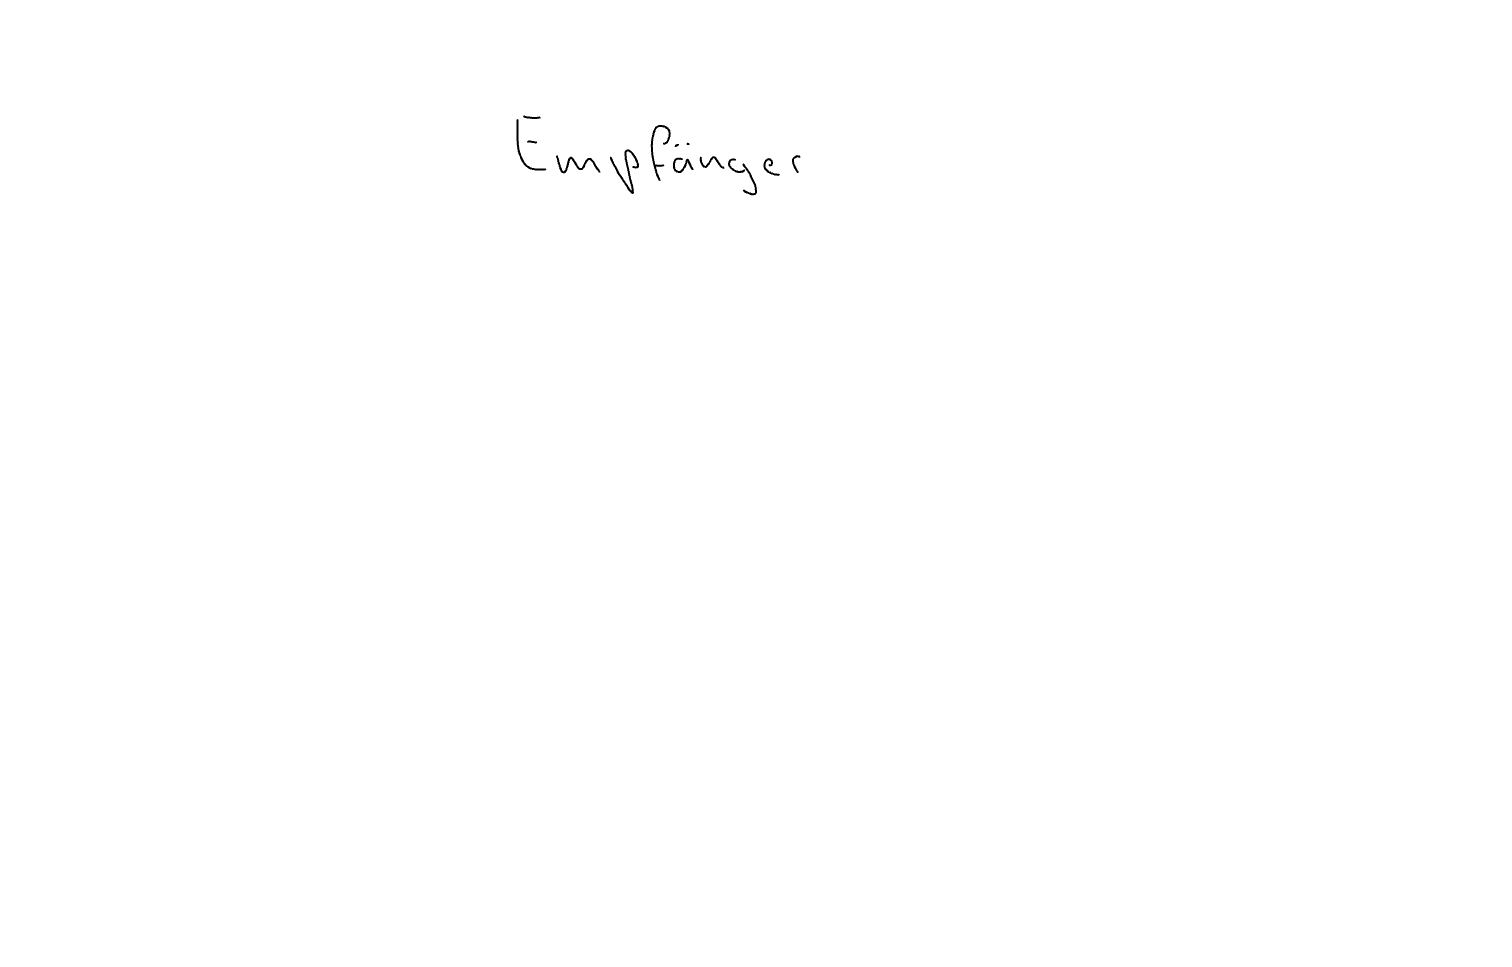
Text: Empfänger